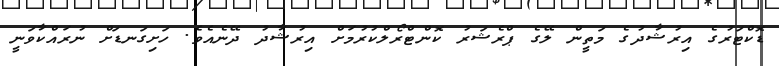
ޑޮކްޓަރުގެ އިރުޝާދުގެ މަތީން ލޭގެ ޕްރެޝަރު ކޮންޓްރޯލްކުރުމަށް އިރުޝާދު ދޭނެއެވެ. ހަށިގަނޑަށް ނުރައްކާވަނީ